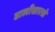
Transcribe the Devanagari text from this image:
ढालीसारखे